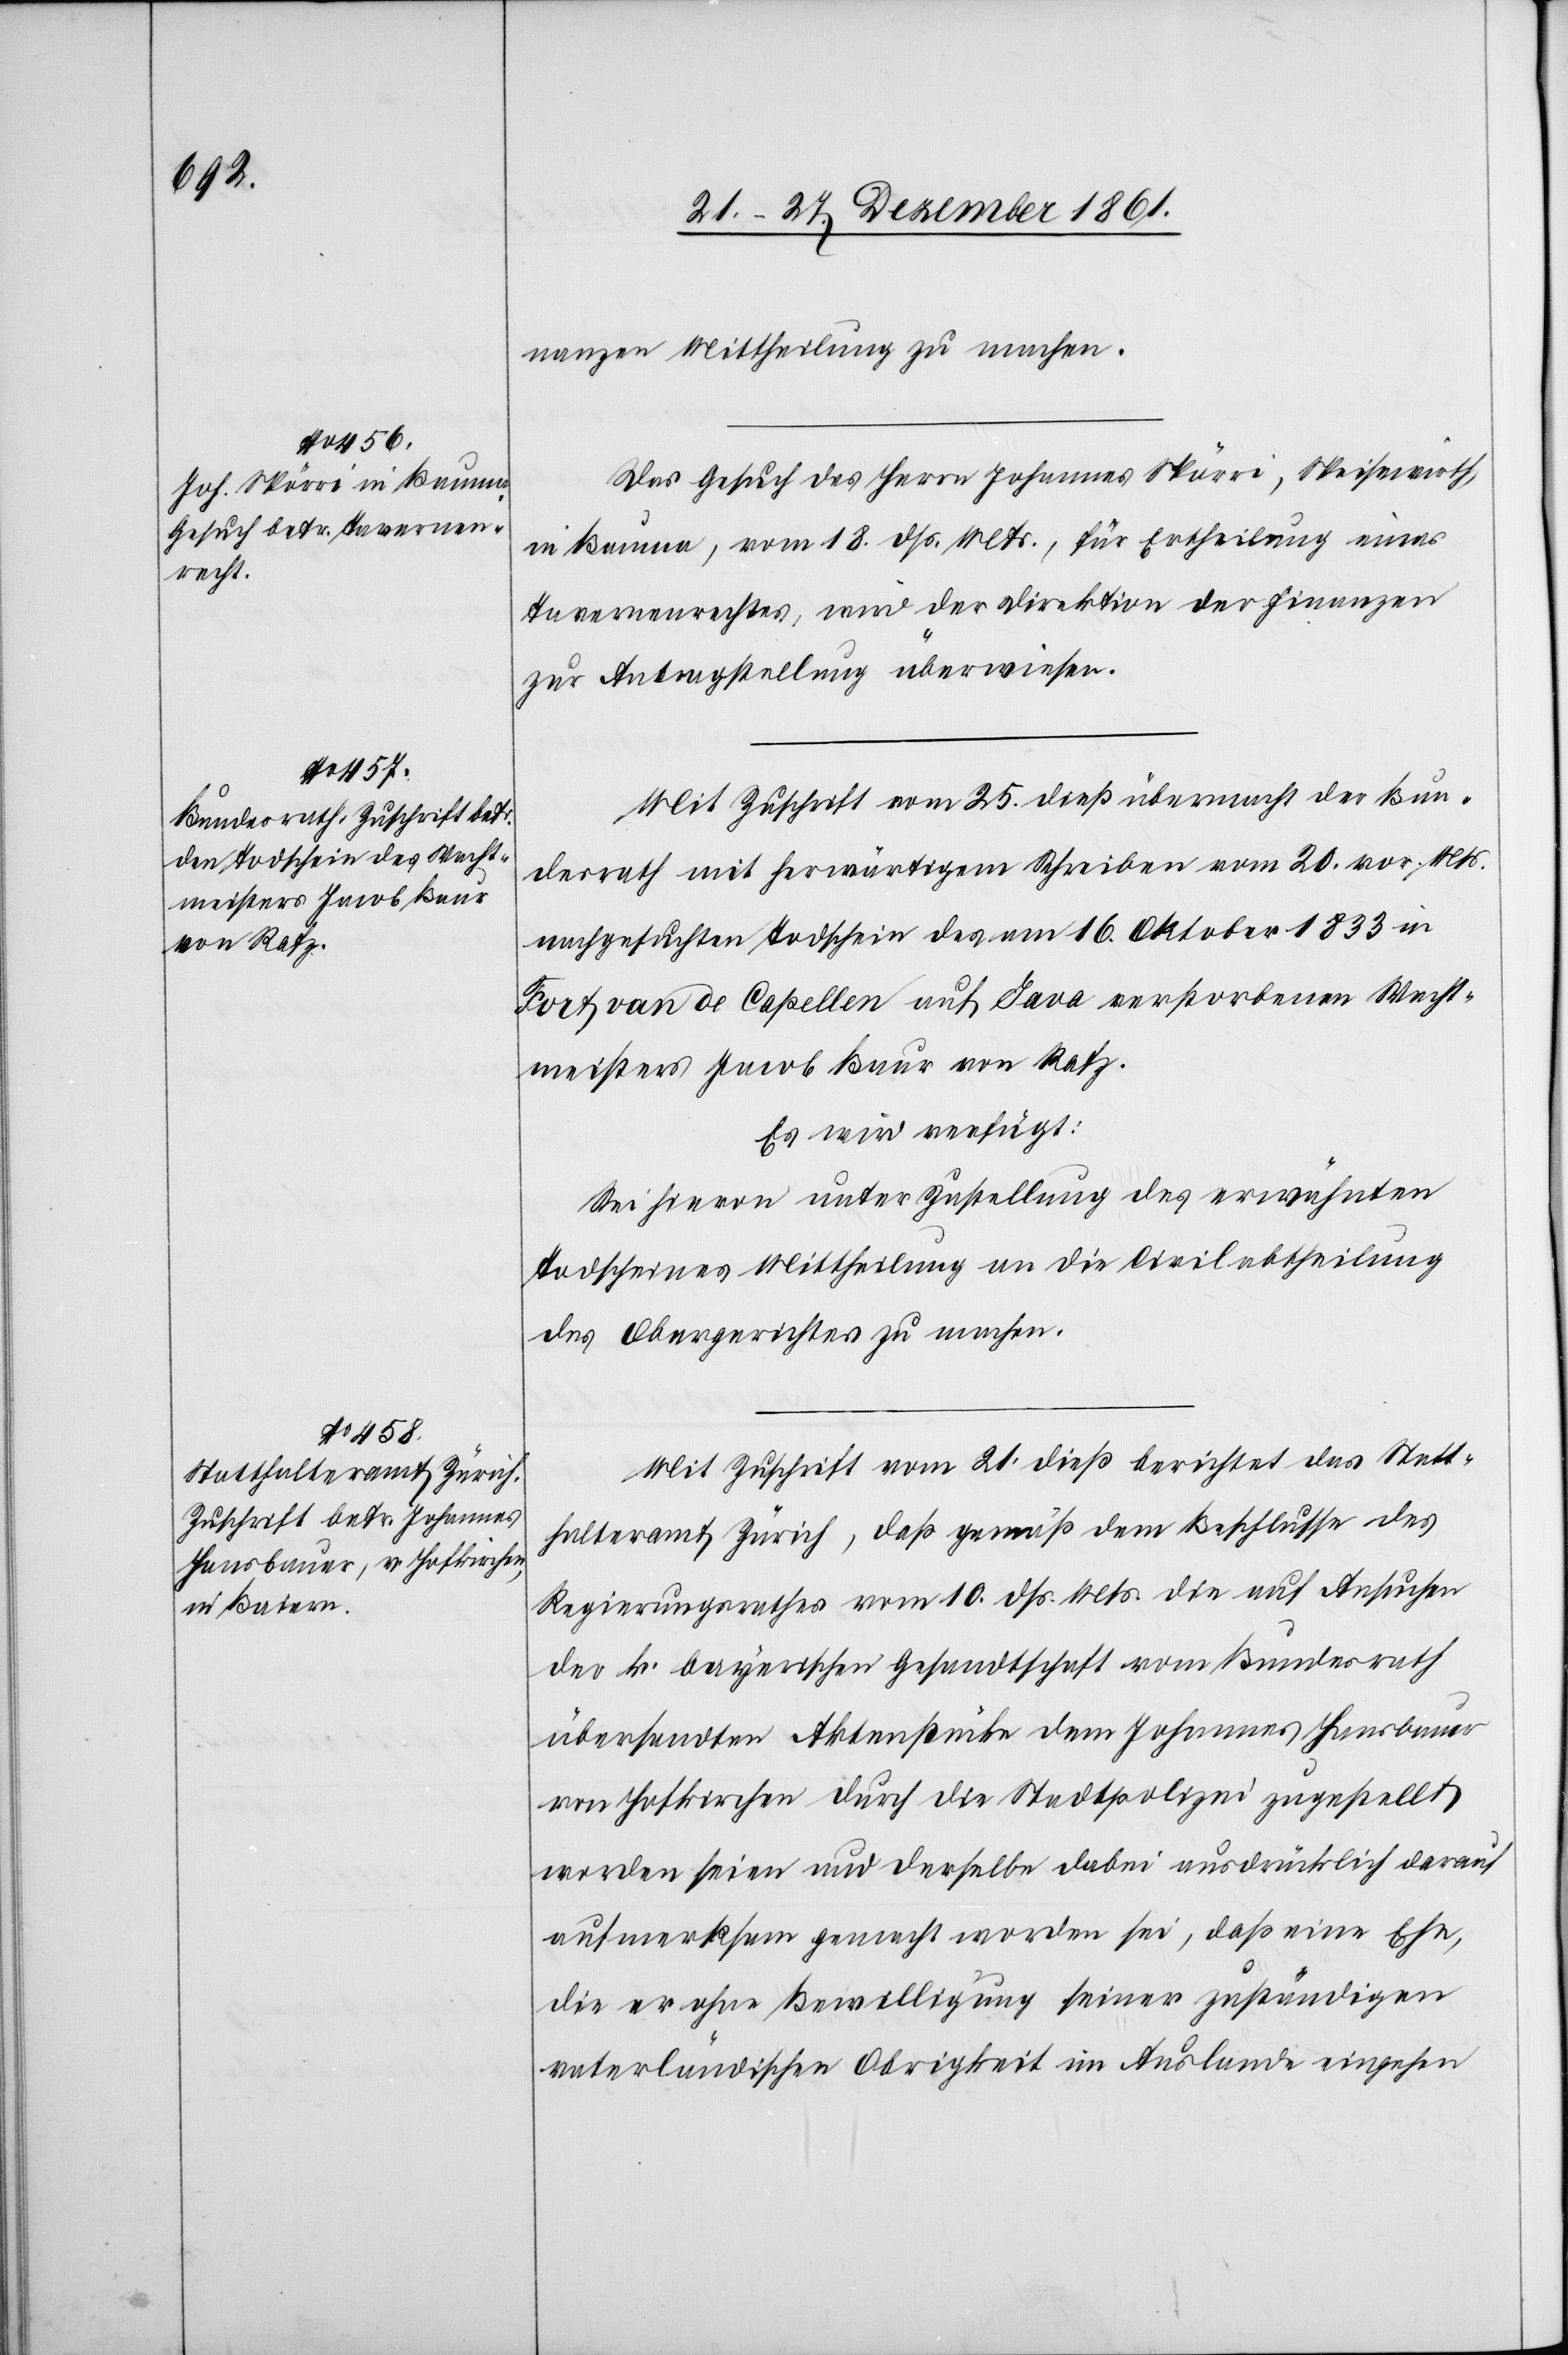
nanzen Mittheilung zu machen.
Das Gesuch des Herrn Johannes Spörri, Speisewirth,
in Bauma, vom 18 dss. Mts., für Ertheilung eines
Tavernenrechtes, wird der Direktion der Finanzen
zur Antragstellung überwiesen.
Mit Zuschrift vom 25 dieß übermacht der Bun¬
desrath mit herwärtigem Schreiben vom 20 vor. Mts.
nachgesuchten Todschein des am 16 Oktober 1833 in
Fort van de Capellen auf Java verstorbenen Wacht¬
meisters Jacob Baur von Rafz.
Es wird verfügt:
Sei hievon unter Zustellung des erwähnten
Todscheines Mittheilung an die Civilabtheilung
des Obergerichtes zu machen.
Mit Zuschrift vom 21 dieß berichtet das Statt¬
halteramt Zürich, daß gemäß dem Beschlusse des
Regierungsrathes vom 10 dß. Mts. die auf Ansuchen
der k. baierischen Gesandtschaft vom Bundesrath
übersandten Aktenstücke dem Johannes Hansbauer
von Hofkirchen durch die Stadtpolizei zugestellt
worden seien und derselbe dabei ausdrücklich darauf
aufmerksam gemacht worden sei, daß eine Ehe,
die er ohne Bewilligung seiner zuständigen
vaterländischen Obrigkeit im Auslande eingehen